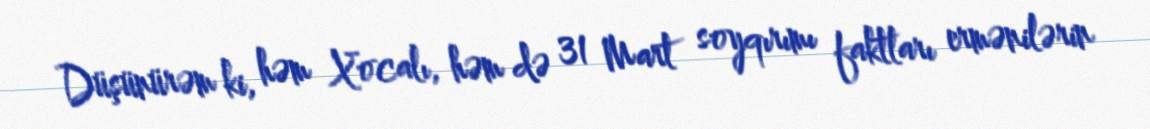
Düşünürəm ki, həm Xocalı, həm də 31 Mart soyqırımı faktları ermənilərin